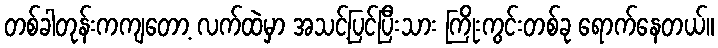
တစ်ခါတုန်းကကျတော့ လက်ထဲမှာ အသင့်ပြင်ပြီးသား ကြိုးကွင်းတစ်ခု ရောက်နေတယ်။